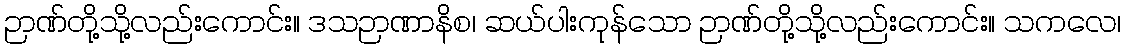
ဉာဏ်တို့သို့လည်းကောင်း။ ဒသဉာဏာနိစ၊ ဆယ်ပါးကုန်သော ဉာဏ်တို့သို့လည်းကောင်း။ သကလေ၊